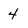
Character: 4